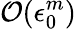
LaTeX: \mathcal{O}(\epsilon_{0}^{m})